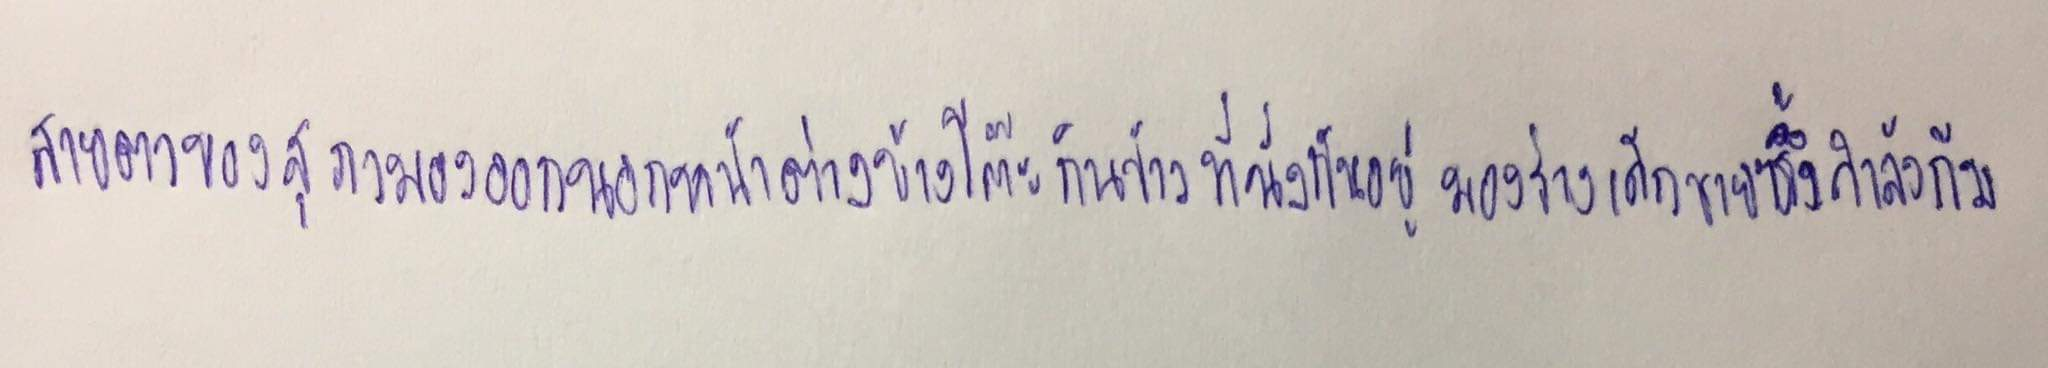
สายตาของสุภามองออกนอกหน้าต่างข้างโต๊ะกินข้าวที่นั่งกันอยู่มองร่างเด็กชายซึ่งกำลังก้ม